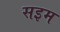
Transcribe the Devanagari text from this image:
सइम